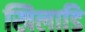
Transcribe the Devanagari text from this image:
खिलाडि